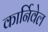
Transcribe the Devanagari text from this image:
कार्निवेल